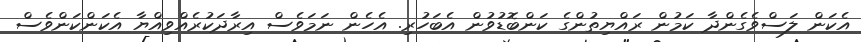
އެކަން ލަސްވެގެންދާ ކަމުން ރައްޔިތުންގެ ކަންބޮޑުވުން އެބަހުރި. އެހެން ނަމަވެސް އިރާދަކުރެއްވިއްޔާ އެކަންކަންވެސް